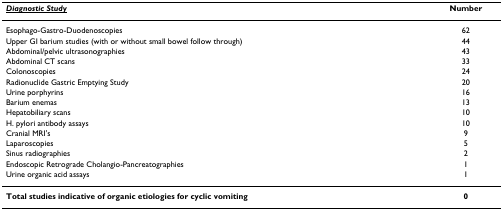
| <underline>Diagnostic Study</underline> | Number |
 | --- | --- |
 | Esophago-Gastro-Duodenoscopies | 62 |
 | Upper GI barium studies (with or without small bowel follow through) | 44 |
 | Abdominal/pelvic ultrasonographies | 43 |
 | Abdominal CT scans | 33 |
 | Colonoscopies | 24 |
 | Radionuclide Gastric Emptying Study | 20 |
 | Urine porphyrins | 16 |
 | Barium enemas | 13 |
 | Hepatobiliary scans | 10 |
 | H. pylori antibody assays | 10 |
 | Cranial MRI's | 9 |
 | Laparoscopies | 5 |
 | Sinus radiographies | 2 |
 | Endoscopic Retrograde Cholangio-Pancreatographies | 1 |
 | Urine organic acid assays | 1 |
 | Total studies indicative of organic etiologies for cyclic vomiting | 0 |